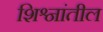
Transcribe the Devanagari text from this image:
शिश्नांतील